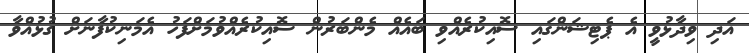
އަދި ވިދާޅުވީ އެ ޕެޓިޝަންގައި ސޮއިކުރެއްވި ބައެއް މެންބަރުން ސޮއިކުރެއްވުމަށްފަހު އެމަނިކުފާނަށް ގުޅުއްވާ